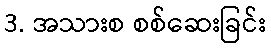
3. အသားစ စစ်ဆေးခြင်း